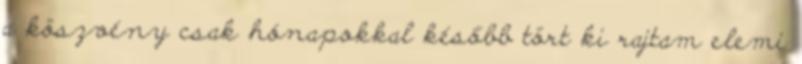
a köszvény csak hónapokkal később tört ki rajtam elemi